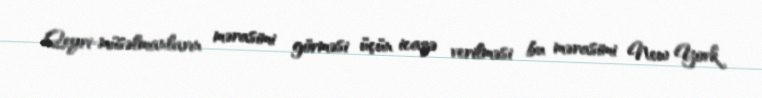
Qeyri-müsəlmanların mərasimi görməsi üçün icazə verilməsi bu mərasimi New York